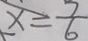
x = \frac { 7 } { 6 }